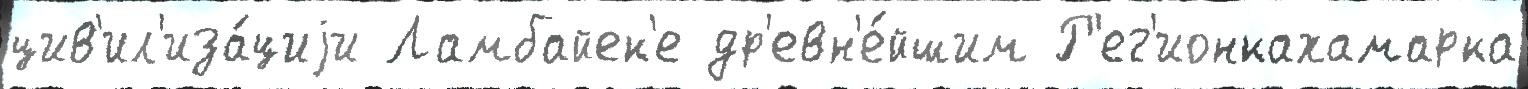
цив'ил'иза́циjи Ламбайек'е др'евн'е́йшим Р'ег'ионкахамарка